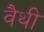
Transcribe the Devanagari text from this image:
वैथी